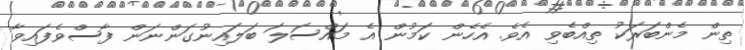
ތިން މެންބަރަކު ތިއްބެވި އެވެ. އެހެން ކަމުން އެ މައްސަލަ ބަލައިނުގަންނަން ފާސްވެފައިވާ